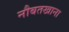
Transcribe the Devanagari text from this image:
नौबतखाना